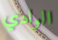
الوادي